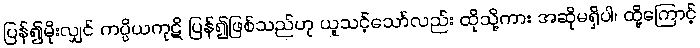
ပြန်၍မိုးလျှင် ကပ္ပိယကုဋိ ပြန်၍ဖြစ်သည်ဟု ယူသင့်သော်လည်း ထိုသို့ကား အဆိုမရှိပါ၊ ထို့ကြောင့်